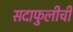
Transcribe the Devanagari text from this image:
सदाफुलीची